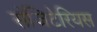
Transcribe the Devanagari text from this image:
सॅजिटेरियस